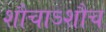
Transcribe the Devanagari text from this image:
शौचाऽशौच